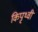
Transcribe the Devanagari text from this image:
किपृथ्वी